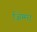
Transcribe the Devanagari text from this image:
जिम्‍मा